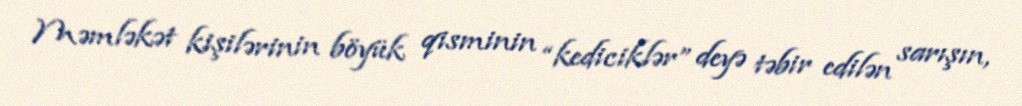
Məmləkət kişilərinin böyük qisminin “kediciklər” deyə təbir edilən sarışın,